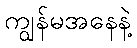
ကျွန်မအနေနဲ့